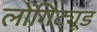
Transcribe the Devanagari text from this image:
लोंगिट्यूड